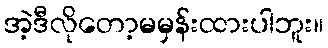
အဲ့ဒီလိုတော့မမှန်းထားပါဘူး။